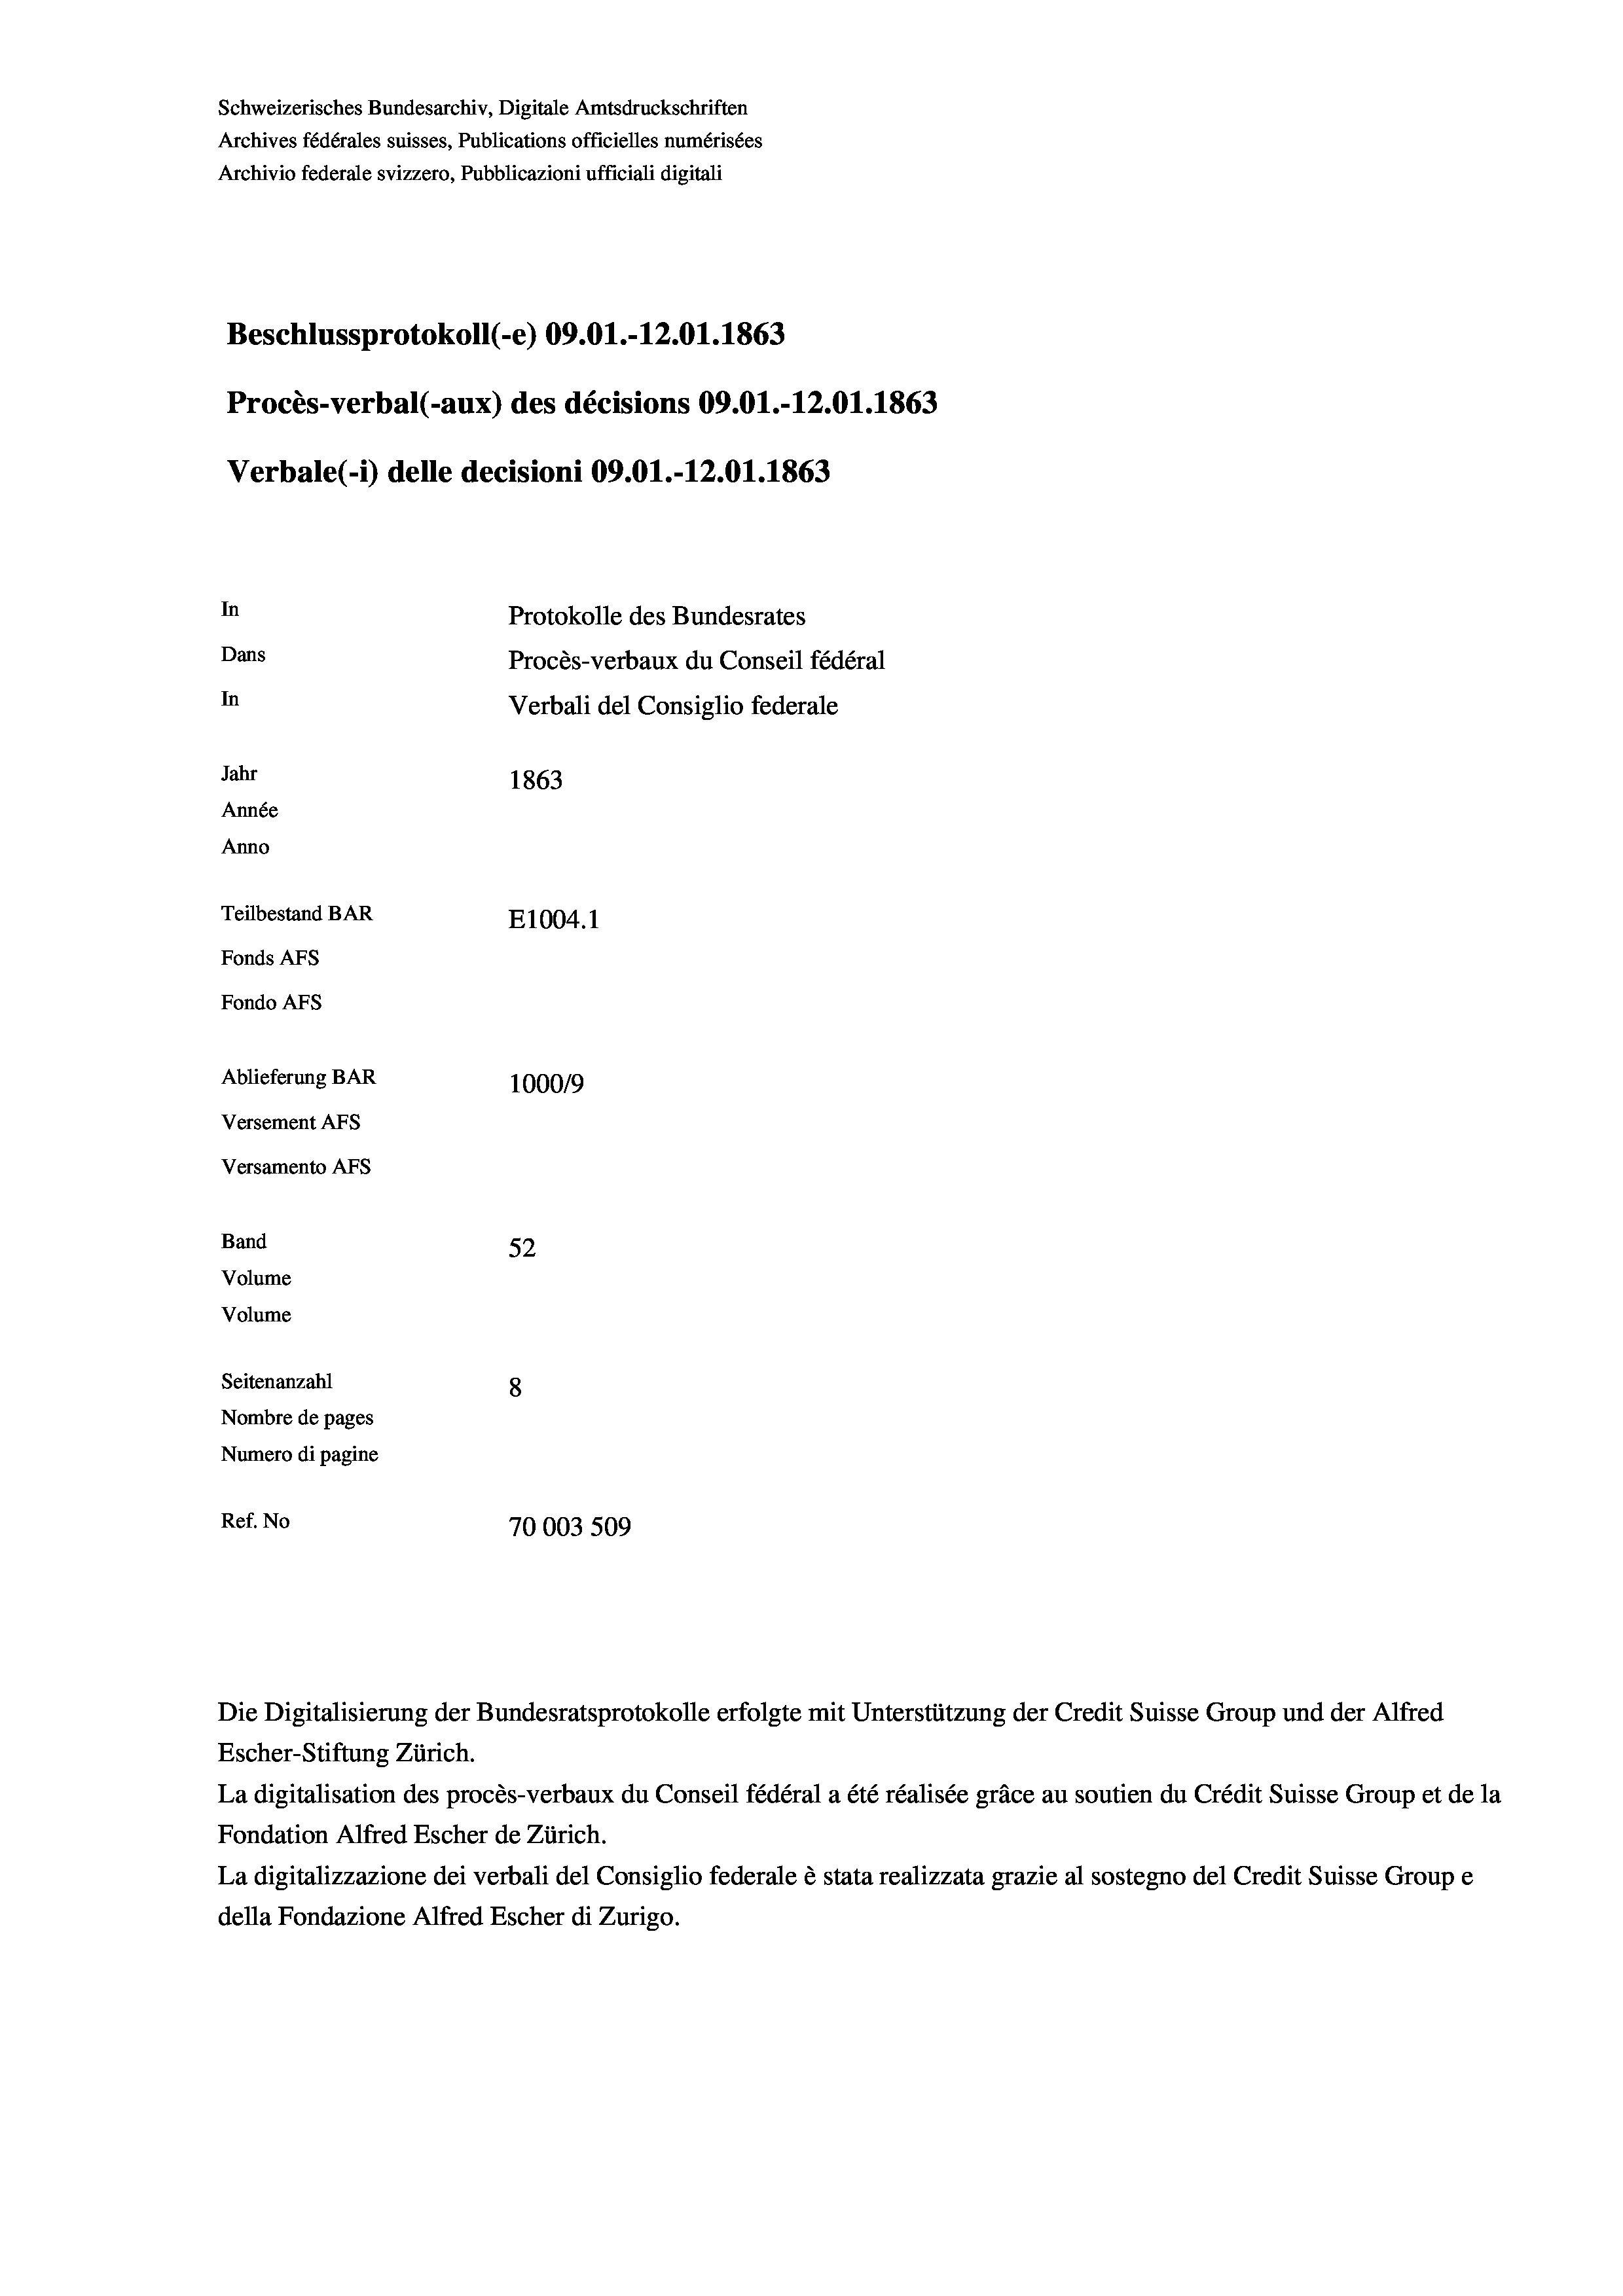
Schweizerisches Bundesarchiv, Digitale Amtsdruckschriften
Archives fédérales suisses, Publications officielles numérisées
Archivio federale svizzero, Pubblicazioni ufficiali digitali
Beschlussprotokoll (-e) 09.01.-12.01. 1863
Procès-verbal (-aux) des décisions 09.01.-12.01. 1863
Verbale(-*) delle decisioni 09.01.-12.01. 1863
In
Protokolle des Bundesrates
Dans
Procès-verbaux du Conseil fédéral
In
Verbali del Consiglio federale
Jahr
1863
Année
Anno
Teilbestand BAR
E1004.1
Fonds AFs
Fondo AFs
Ablieferung BAR
100019
Versement As
Versamento Afs
Band
52
Volume
Volume
Seitenanzahl
8
Nombre de pages
Numero di pagine
Ref. No
70003 509

Escher-Stiftung Zürich.
La digitalisation des procès-verbaux du Conseil fédéral a été réalisée gräce au soutien du Crédit Suisse Group et de la
Fondation Alfred Escher de Zürich.
La digitalizzazione dei verbali del Consiglio federale è stata realizzata grazie al sostegno del Credit Suisse Groupe
della Fondazione Alfred Escher di Zurigo.

Die Digitalisierung der Bundesratsprotokolle erfolgte mit Unterstützung der Credit Suisse Group und der Alfred